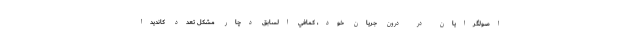
اصولگرايان در درون جریان خود، كمافي السابق دچار مشكل تعدد كانديدا